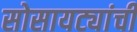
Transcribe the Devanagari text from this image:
सोसायट्यांची